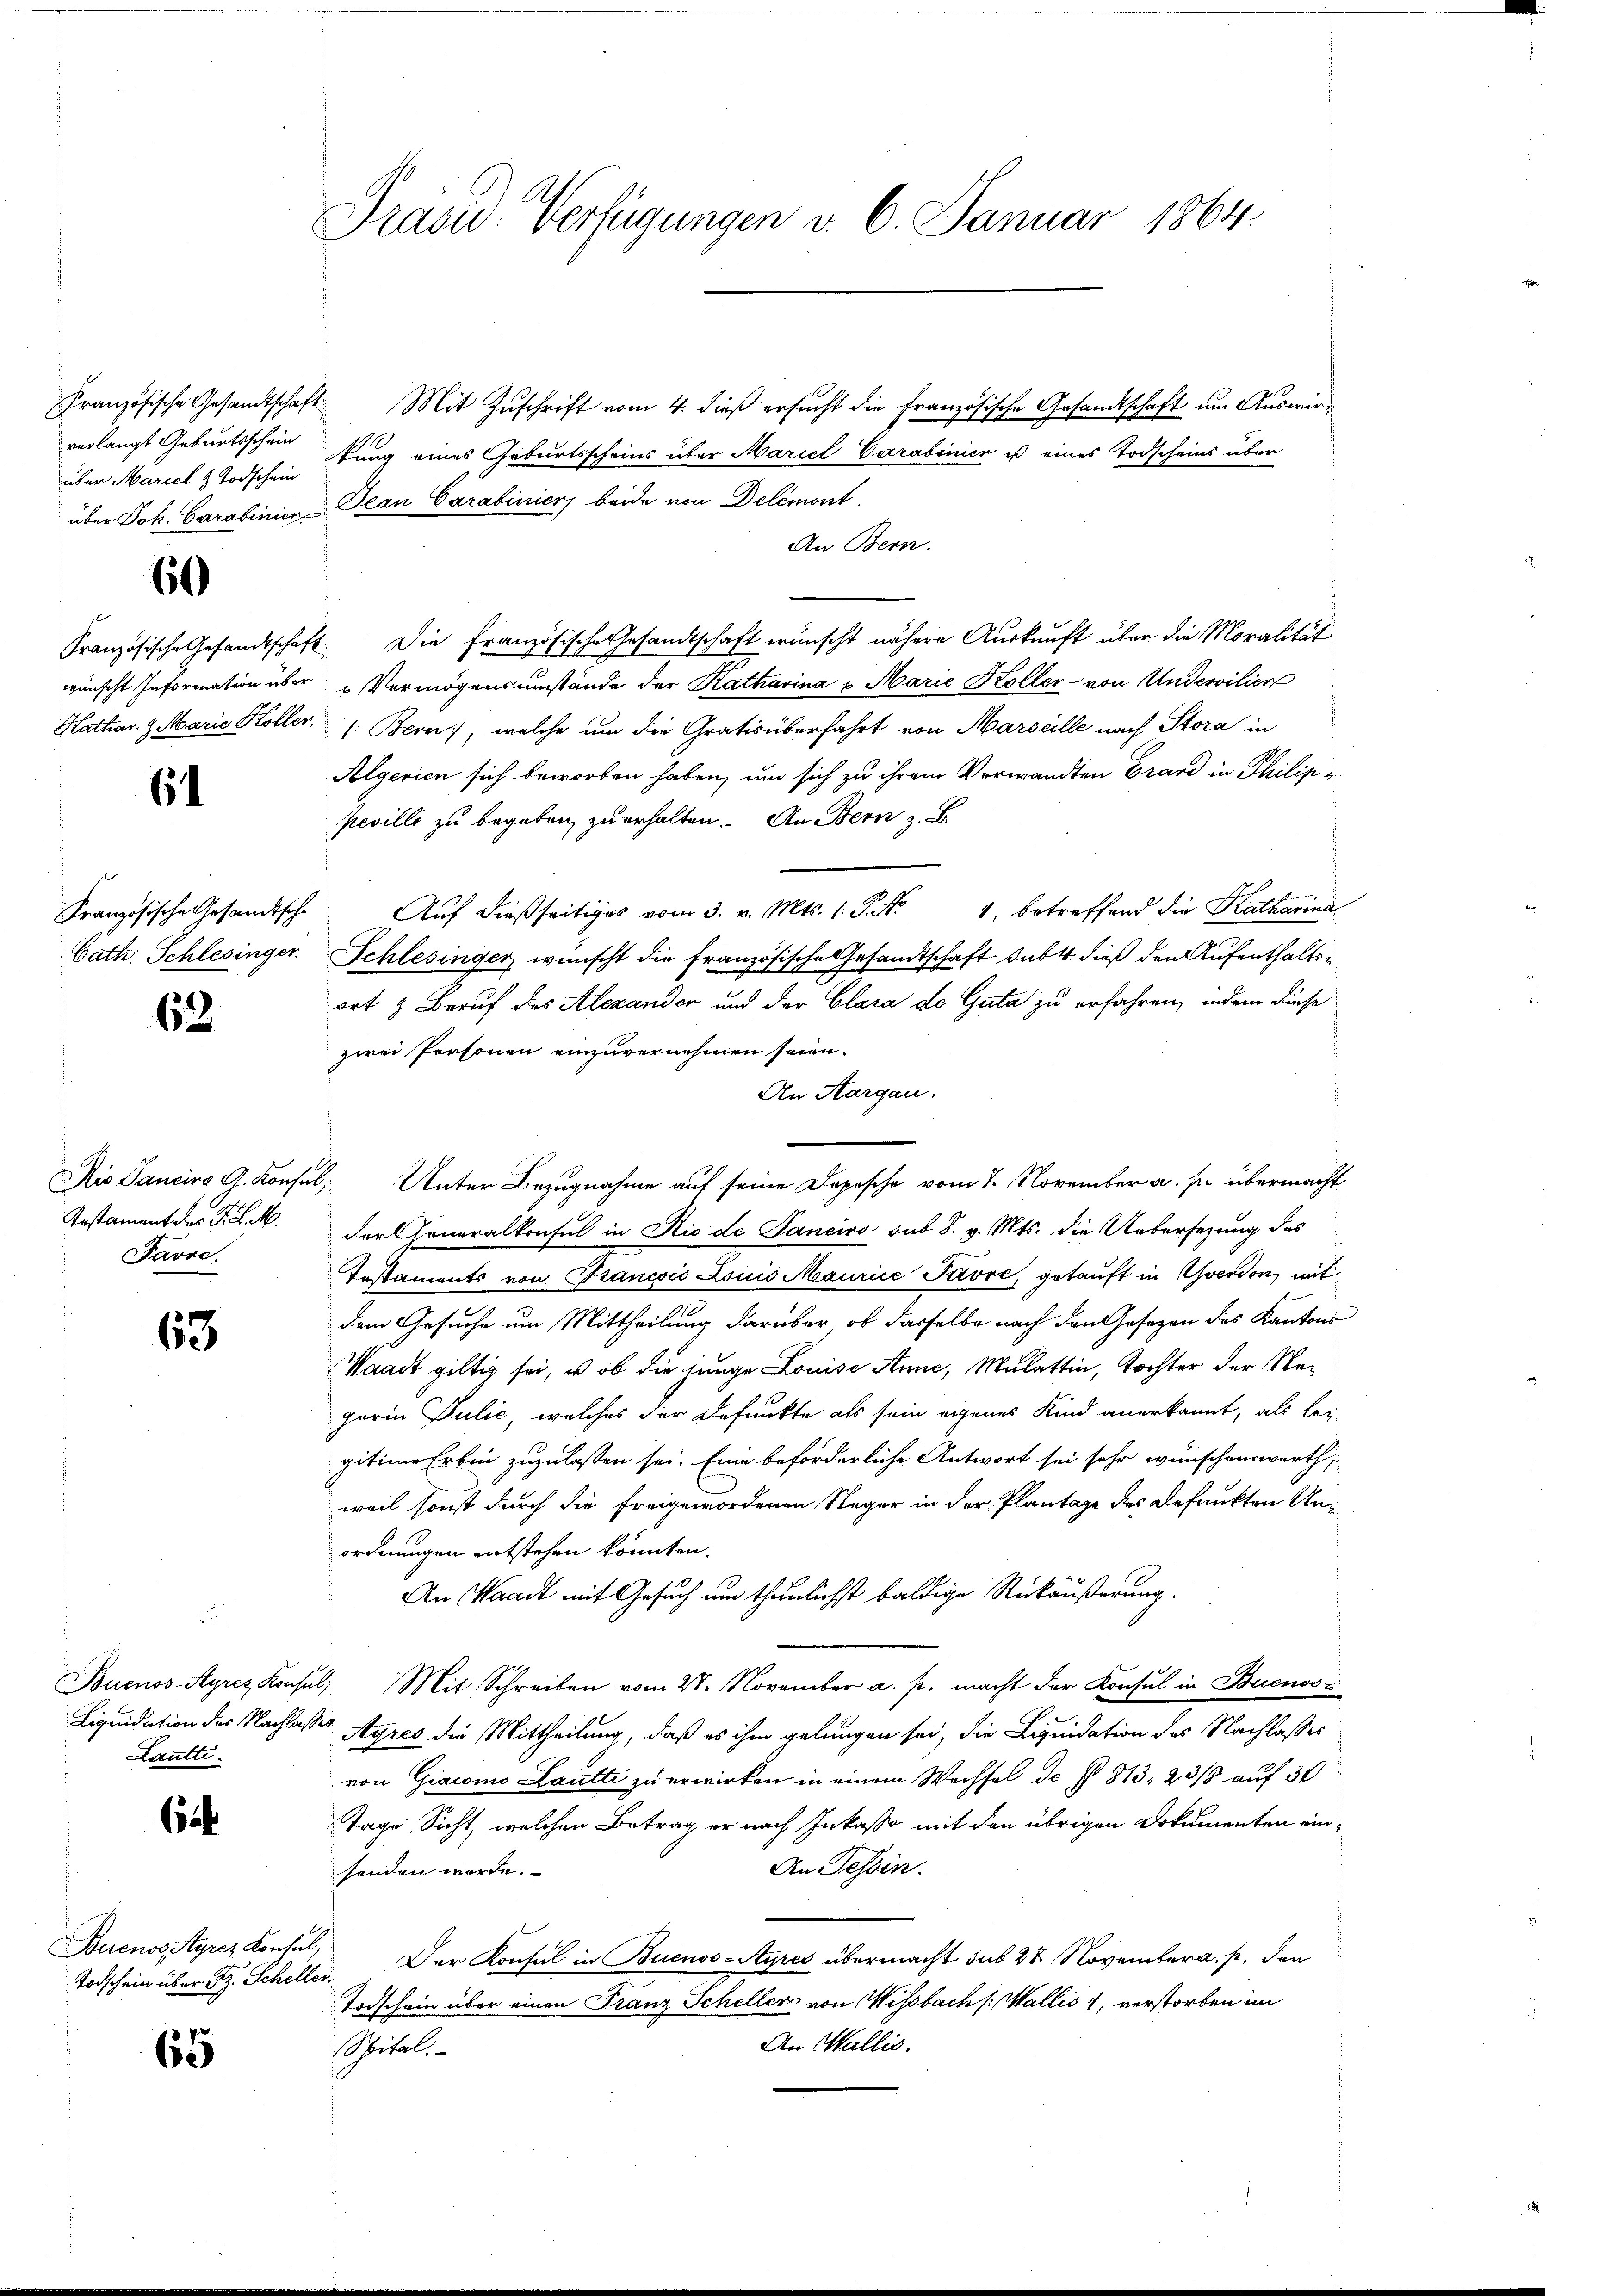
Französische Gesandtschaf
verlangt Geburtsschein
über Mariel & Todschein

60

61

Bath. Schlesinger.

62

Pestament des F. d. M.
Favre.

63

Lantti.

6

Buenos Ayrez Konse

65

Präsid. Verfügungen v. 6. Januar 1864.

22. Mit Zuschrift vom 4. dieß ersucht die Französische Gesandtschaft um Auswirtung eines Geburtsscheins über Mariel Carabinier ist eines Todscheins über
über Joh. Carabinien Jean Carabinier beide von Delémont.
An Bern.
Französische Gesandtschaft. Die französische Gesandtschaft wünscht nähere Auskunft über die Moralität
wünscht Information über „Vermögensumstände der Katharina u. Marie Koller von Undervilier
Kathar. H. Marie Koller  /: Bern, welche um die Gratis überfahrt von Marseille nach Stora in
Algerien sich beworben haben, um sich zu ihrem Verwandten Grand in Philippeville zu begeben, zu erhalten. An Bern z. B.
Französische Gesandtsche Aŭf dießseitiges vom 3. v. Mts. 1. P. Nr. 4, betreffend die Katharina
Schlesinger wünscht die französische Gesandtschaft sub 1. dieß den Aufenthalten
ort & Beruf des Alexander und der Clara de Guta zu erfahren, indem diese
zwei Personen einzuvernehmen seien.
An Aargau.
Rio Sancirs A. Konsul, Unter Bezugnahme auf seine Depesche vom 7. November a. p. übermacht
der Generalkonsul in Nic de Janeiro sub. 8. v. Mts. die Uebersezung des
Testaments von Francois Louis Maurice Pavre, getauft in Yverdon, mit
dem Gesuche um Mittheilung darüber, ob dasselbe nach den Gesezen des Kantons¬
Waadt giltig sei, u ob die junge Louise Anne, Mulattin, Tochter der Negerin Julić, welches der Befunkte als sein eigenes Kind anerkannt, als lei-
gitime Erben zuzulassen sei. Eine beförderliche Antwort sei sehr wünschenswerth,
weil sonst durch die freigewordenen Reger in der Plantage des Befunkten Unordnungen entstehen konnten.
An Waadt mit Gesuch um thunlichst baldige Rückäußerung.
Buenos-Ayres Konsŭl, Mit Schreiben vom 21. November a. p. macht der Konsul in Buenoss
Liquidation des Nachlasses Ayres die Mittheilung, daß es ihm gelungen sei, die Liquidation des Nachlasses
von Giacomo Lautti zu erwirken in einem Wechsel de § 813, 23/8 auf 30
Tage, Sicht, welchen Betrag er nach Inkasso mit den übrigen Dokumenten ein¬
An Tessin.
senden werde.
2
Todschein über z. Scheller. Der Konsul in Buenos-Ayres übermacht sub 28 November a. p. den
Todschein über einen Franz Scheller von Wisbach (Wallis 1, verstorben im
An Wallis.
Spital.